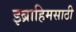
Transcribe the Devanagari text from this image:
इब्राहिमसाठी